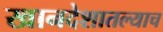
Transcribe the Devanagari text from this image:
खानदेशातल्याच